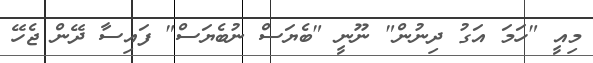
މިއީ "ހަމަ އަގު ދިނުން" ނޫނީ "ބެޔަސް ނުބެޔަސް" ފައިސާ ދޭން ޖެހޭ